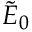
\tilde { E } _ { 0 }